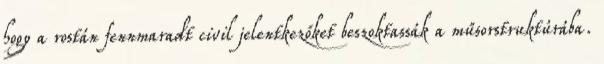
hogy a rostán fennmaradt civil jelentkezőket beszoktassák a műsorstruktúrába.